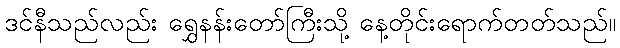
ဒင်နီသည်လည်း ရွှေနန်းတော်ကြီးသို့ နေ့တိုင်းရောက်တတ်သည်။